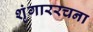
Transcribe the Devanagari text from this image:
शृंगाररचना